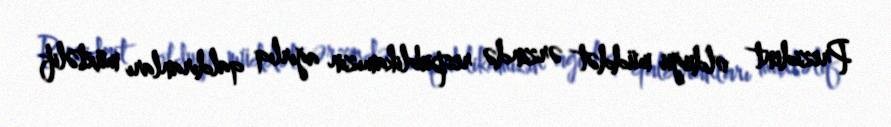
Prezident olduğu müddət ərzində respublikamızın ağırlıq qaldıranları müxtəlif